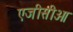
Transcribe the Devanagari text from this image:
एजीसीओ